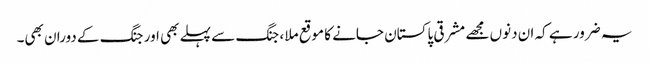
یہ ضرور ہے کہ ان دنوں مجھے مشرقی پاکستان جانے کا موقع ملا ، جنگ سے پہلے بھی اور جنگ کے دوران بھی۔